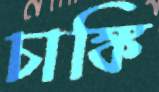
চাঙ্কি